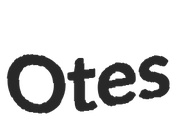
Otes